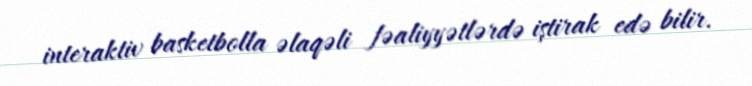
interaktiv basketbolla əlaqəli fəaliyyətlərdə iştirak edə bilir.